Report of the Municipal Commissioner on the plague in Bombay for the year ending 31st May... - Volume 3
Disease focus: Plague
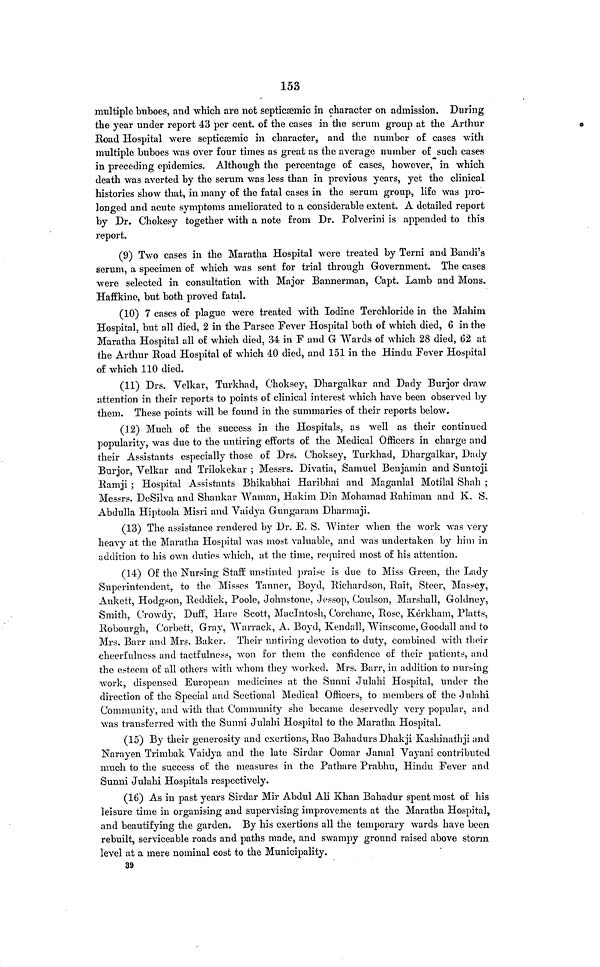
153
multiple buboes, and which are not septicæmic in character on admission. During
the year under report 43 per cent. of the cases in the serum group at the Arthur
Road Hospital were septicæsemic in character, and the number o£ cases with
multiple buboes was over four times as great as the average number of such cases
in preceding epidemics. Although the percentage of cases, however, in which
death was averted by the serum was less than in previous years, yet the clinical
histories show that, in many of the fatal cases in the serum group, life was pro-
longed and acute symptoms ameliorated to a considerable extent. A detailed report
by Dr. Chokesy together with a note from Dr. Polverini is appended to this
report.
(9) Two cases in the Maratha Hospital were treated by Terni and Bandi's
serum, a specimen of which was sent for trial through Government. The cases
were selected in consultation with Major Bannerman, Capt. Lamb and Mons.
Haffkine, but both proved fatal.
(10) 7 cases of plague were treated with Iodine Terchloride in the Mahim
Hospital, but all died, 2 in the Parsee Fever Hospital both of which died, 6 in the
Maratha Hospital all of which died, 34 in F and G Wards of which 28 died, 62 at
the Arthur Road Hospital of which 40 died, and 151 in the Hindu Fever Hospital
of which 110 died.
(11) Drs. Velkar, Turkhad, Choksey, Dhargalkar and Dady Burjor draw
attention in their reports to points of clinical interest which have been observed by
them. These points will be found in the summaries of their reports below.
(12) Much of the success in the Hospitals, as well as their continued
popularity, was due to the untiring efforts of the Medical Officers in charge and
their Assistants especially those of Drs. Choksey, Turkhad, Dhargalkar, Dudy
Burjor, Velkar and Trilokekar ; Messrs. Divatia, Samuel Benjamin and Suntoji
Ramji ; Hospital Assistants Bhikabhai Haribhai and Maganlal Motilal Shah ;
Messrs. DeSilva and Shankar Waman, Hakim Din Mohamad Rahiman and K. S.
Abdulla Hiptoola Misri and Vaidya Gungaram Dharmaji.
(13) The assistance rendered by Dr. E. S. Winter when the work was very
heavy at the Maratha Hospital was most valuable, and was undertaken by him in
addition to his own duties which, at the time, required most of his attention.
(14) Of the Nursing Staff unstinted praise is due to Miss Green, the Lady
Superintendent, to the Misses Tanner, Boyd, Richardson, Rait, Steer, Massey,
Aukett, Hodgson, Reddick, Poole, Johnstone, Jessop, Coulson, Marshall, Goldney,
Smith, Crowdy, Duff, Hare Scott, Macintosh, Corchane, Rose, Kérkham, Platts,
Robourgh, Corbett, Gray, Warrack, A. Boyd, Kendall, Winscome, Goodall and to
Mrs. Barr and Mrs. Baker. Their untiring devotion to duty, combined with their
cheerfulness and tactfulness, won for them the confidence of their patients, and
the esteem of all others with whom they worked. Mrs. Barr, in addition to nursing-
work, dispensed European medicines at the Sunni Jnlahi Hospital, under the
direction of the Special and Sectional Medical Officers, to members of the Julahi
Community, and with that Community she became deservedly very popular, and
was transferred with the Sunni Julahi Hospital to the Maratha Hospital.
(15) By their generosity and exertions, Rao Bahadurs Dhakji Kashinuthji and
Narayen Trimbak Vaidya and the late Sirdar Oomar Jamal Vayani contributed
much to the success of the measures in the Pathare Prabhu, Hindu Fever and
Sunni Julahi Hospitals respectively.
(16) As in past years Sirdar Mir Abdul Ali Khan Bahadur spent most of his
leisure time in organising and supervising improvements at the Maratha Hospital,
and beautifying the garden. By his exertions all the temporary wards have been
rebuilt, serviceable roads and paths made, and swampy ground raised above storm
level at a mere nominal cost to the Municipality.
39